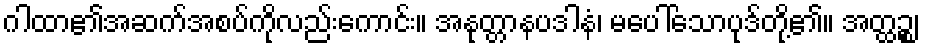
ဂါထာ၏အဆက်အစပ်ကိုလည်းကောင်း။ အနုတ္တာနပဒါနံ၊ မပေါ်သောပုဒ်တို့၏။ အတ္ထဉ္စ၊